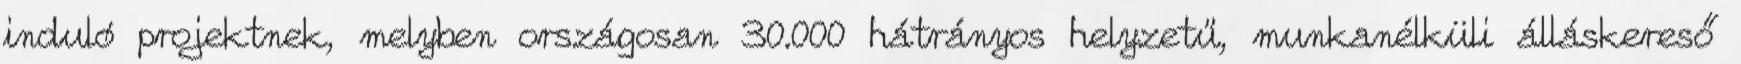
induló projektnek, melyben országosan 30.000 hátrányos helyzetű, munkanélküli álláskereső